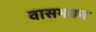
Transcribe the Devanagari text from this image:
वासभवन